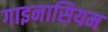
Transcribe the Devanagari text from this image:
गाइनासियम